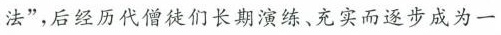
法”，后经历代僧徒们长期演练、充实而逐步成为一